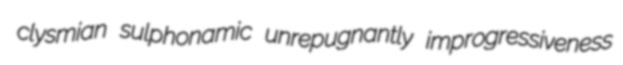
clysmian sulphonamic unrepugnantly improgressiveness